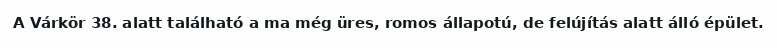
A Várkör 38. alatt található a ma még üres, romos állapotú, de felújítás alatt álló épület.